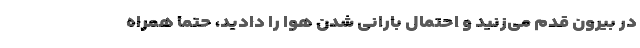
در بیرون قدم می‌زنید و احتمال بارانی شدن هوا را دادید، حتما همراه